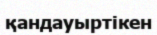
қандауыртікен